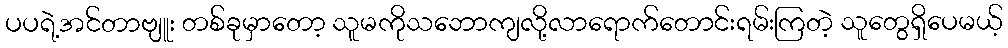
ပပရဲ့အင်တာဗျူး တစ်ခုမှာတော့ သူမကိုသဘောကျလို့လာရောက်တောင်းရမ်းကြတဲ့ သူတွေရှိပေမယ့်